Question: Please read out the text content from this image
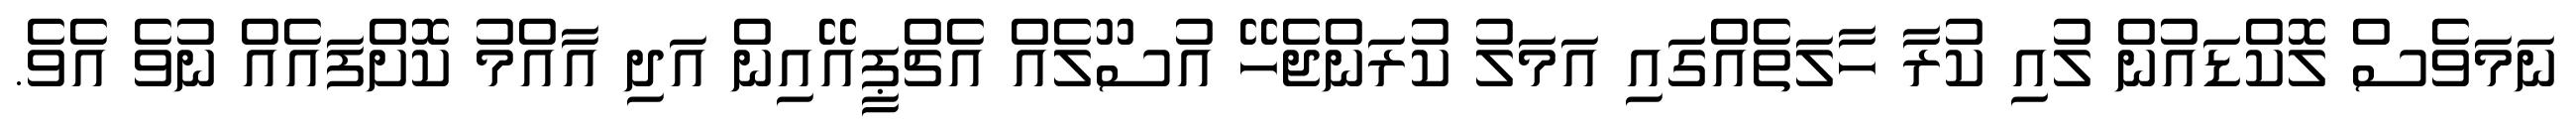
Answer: ނަމަވެސް ލޮކްޑައުން ލުއި ކުރާ ހާލަތެއްގައި އަމަލު ކުރަންޖެހޭ އުސޫލެއް އެޗްޕީއޭއިން އަދި އާއްމު ކޮށްފައެއް ނުވެ އެވެ.